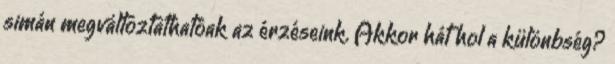
simán megváltoztathatóak az érzéseink. Akkor hát hol a különbség?